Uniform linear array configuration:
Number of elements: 48
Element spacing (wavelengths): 0.5
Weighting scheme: exponential
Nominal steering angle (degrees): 15
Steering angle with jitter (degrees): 16.672
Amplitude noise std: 0.05
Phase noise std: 0.05

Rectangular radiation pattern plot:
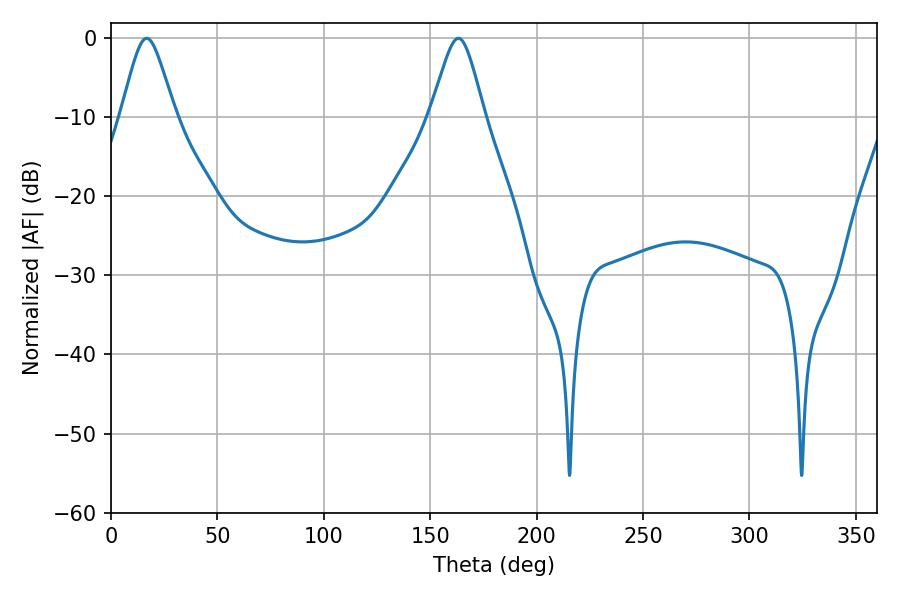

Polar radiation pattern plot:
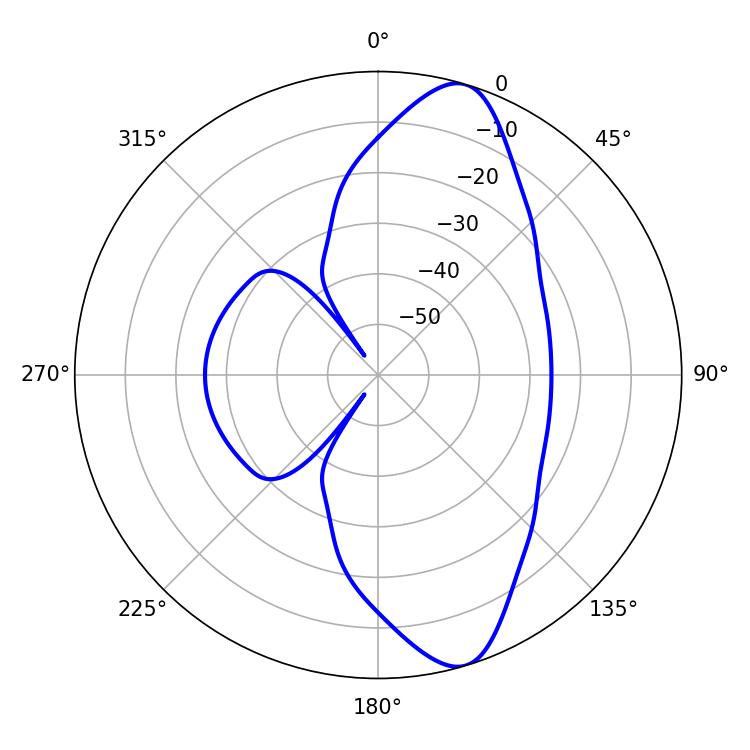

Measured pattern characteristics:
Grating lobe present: FALSE
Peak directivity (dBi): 10.987
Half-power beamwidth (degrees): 12.24
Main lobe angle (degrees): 16.74